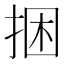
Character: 捆